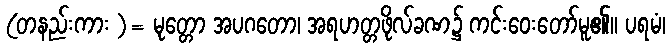
(တနည်းကား )= မုတ္တော အပဂတော၊ အရဟတ္တဖိုလ်ခဏ၌ ကင်းဝေးတော်မူ၏။ ပရမံ၊